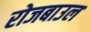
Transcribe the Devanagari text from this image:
रोजबाउल